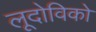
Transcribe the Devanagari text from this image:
लूदोविको